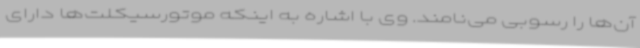
آن‌ها را رسوبی می‌نامند. وی با اشاره به اینکه موتورسیکلت‌ها دارای